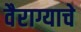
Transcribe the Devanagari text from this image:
वैराग्याचे